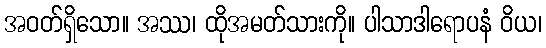
အဝတ်ရှိသော။ အဿ၊ ထိုအမတ်သားကို။ ပါသာဒါရောပနံ ဝိယ၊